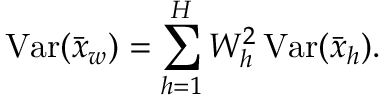
\operatorname { V a r } ( { \bar { x } } _ { w } ) = \sum _ { h = 1 } ^ { H } W _ { h } ^ { 2 } \operatorname { V a r } ( { \bar { x } } _ { h } ) .